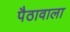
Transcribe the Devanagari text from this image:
पैठावाला